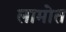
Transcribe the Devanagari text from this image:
लामोत